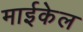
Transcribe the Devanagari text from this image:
माईकेल